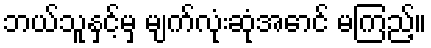
ဘယ်သူနှင့်မှ မျက်လုံးဆုံအောင် မကြည့်။